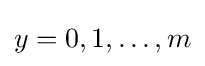
y=0,1,\ldots ,m